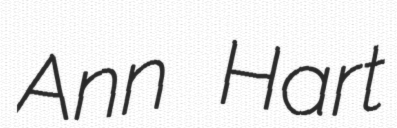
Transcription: Ann Hart